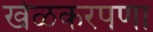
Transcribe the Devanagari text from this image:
खेळकरपणा